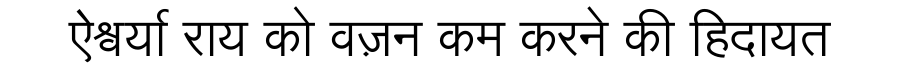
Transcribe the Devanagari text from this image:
ऐश्वर्या राय को वज़न कम करने की हिदायत